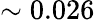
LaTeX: {\sim 0.026\, }